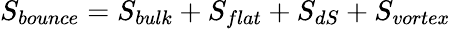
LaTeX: S_{bounce}=S_{bulk}+S_{flat}+S_{dS}+S_{vortex}